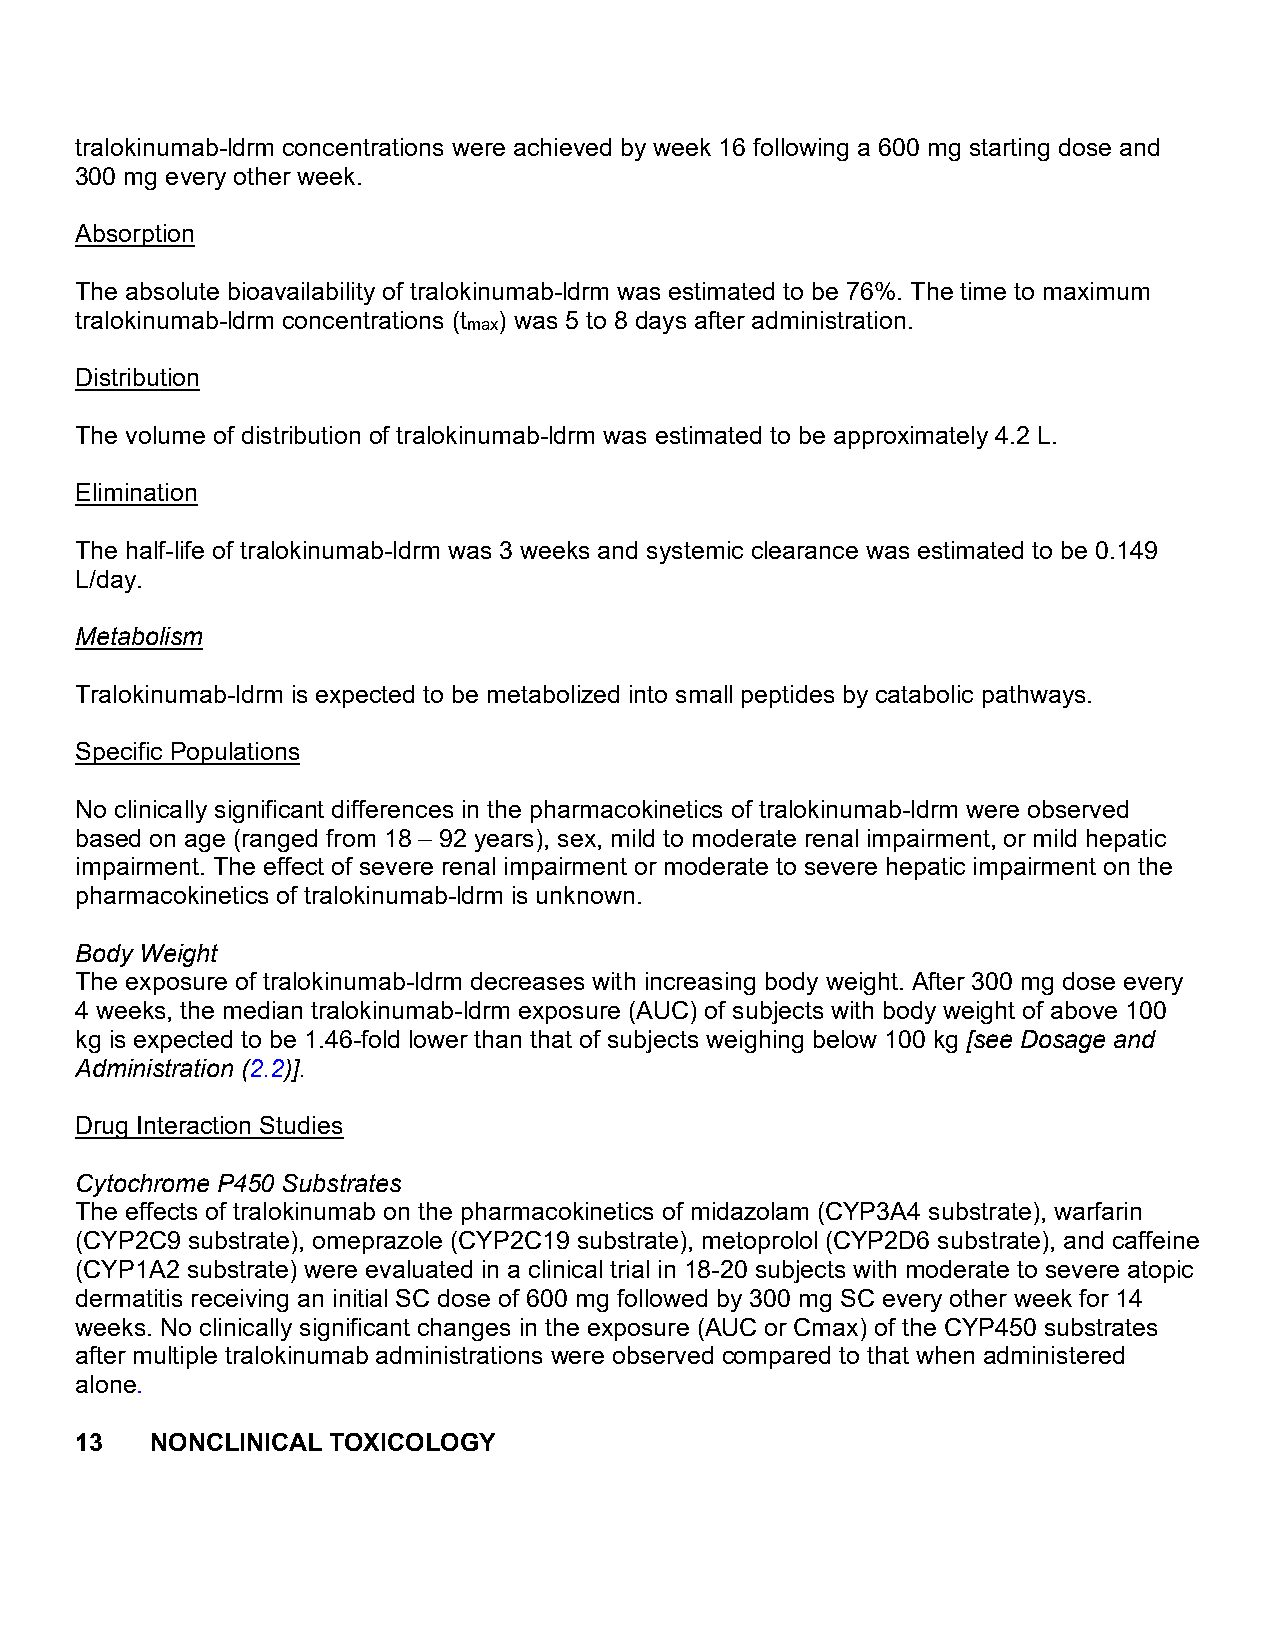
tralokinumab-ldrm concentrations were achieved by week 16 following a 600 mg starting dose and
 300 mg every other week.
 Absorption
 The absolute bioavailability of tralokinumab-ldrm was estimated to be 76%. The time to maximum
 tralokinumab-ldrm concentrations (t ) was 5 to 8 days after administration.
 max
 Distribution
 The volume of distribution of tralokinumab-ldrm was estimated to be approximately 4.2 L.
 Elimination
 The half-life of tralokinumab-ldrm was 3 weeks and systemic clearance was estimated to be 0.149
 L/day.
 Metabolism
 Tralokinumab-ldrm is expected to be metabolized into small peptides by catabolic pathways.
 Specific Populations
 No clinically significant differences in the pharmacokinetics of tralokinumab-ldrm were observed
 based on age (ranged from 18 – 92 years), sex, mild to moderate renal impairment, or mild hepatic
 impairment. The effect of severe renal impairment or moderate to severe hepatic impairment on the
 pharmacokinetics of tralokinumab-ldrm is unknown.
 Body Weight
 The exposure of tralokinumab-ldrm decreases with increasing body weight. After 300 mg dose every
 4 weeks, the median tralokinumab-ldrm exposure (AUC) of subjects with body weight of above 100
 kg is expected to be 1.46-fold lower than that of subjects weighing below 100 kg [see Dosage and
 Administration (2.2)].
 Drug Interaction Studies
 Cytochrome P450 Substrates
 The effects of tralokinumab on the pharmacokinetics of midazolam (CYP3A4 substrate), warfarin
 (CYP2C9 substrate), omeprazole (CYP2C19 substrate), metoprolol (CYP2D6 substrate), and caffeine
 (CYP1A2 substrate) were evaluated in a clinical trial in 18-20 subjects with moderate to severe atopic
 dermatitis receiving an initial SC dose of 600 mg followed by 300 mg SC every other week for 14
 weeks. No clinically significant changes in the exposure (AUC or Cmax) of the CYP450 substrates
 after multiple tralokinumab administrations were observed compared to that when administered
 alone.
 13   NONCLINICAL TOXICOLOGY